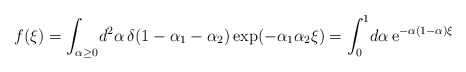
\begin{align*}f(\xi)=\int_{\alpha\geq0}\!d^2\alpha\,\delta(1-\alpha_1-\alpha_2)\exp(-\alpha_1\alpha_2\xi)=\int^1_0\!d\alpha\,{\rm e}^{-\alpha(1-\alpha)\xi}\end{align*}